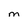
Character: M